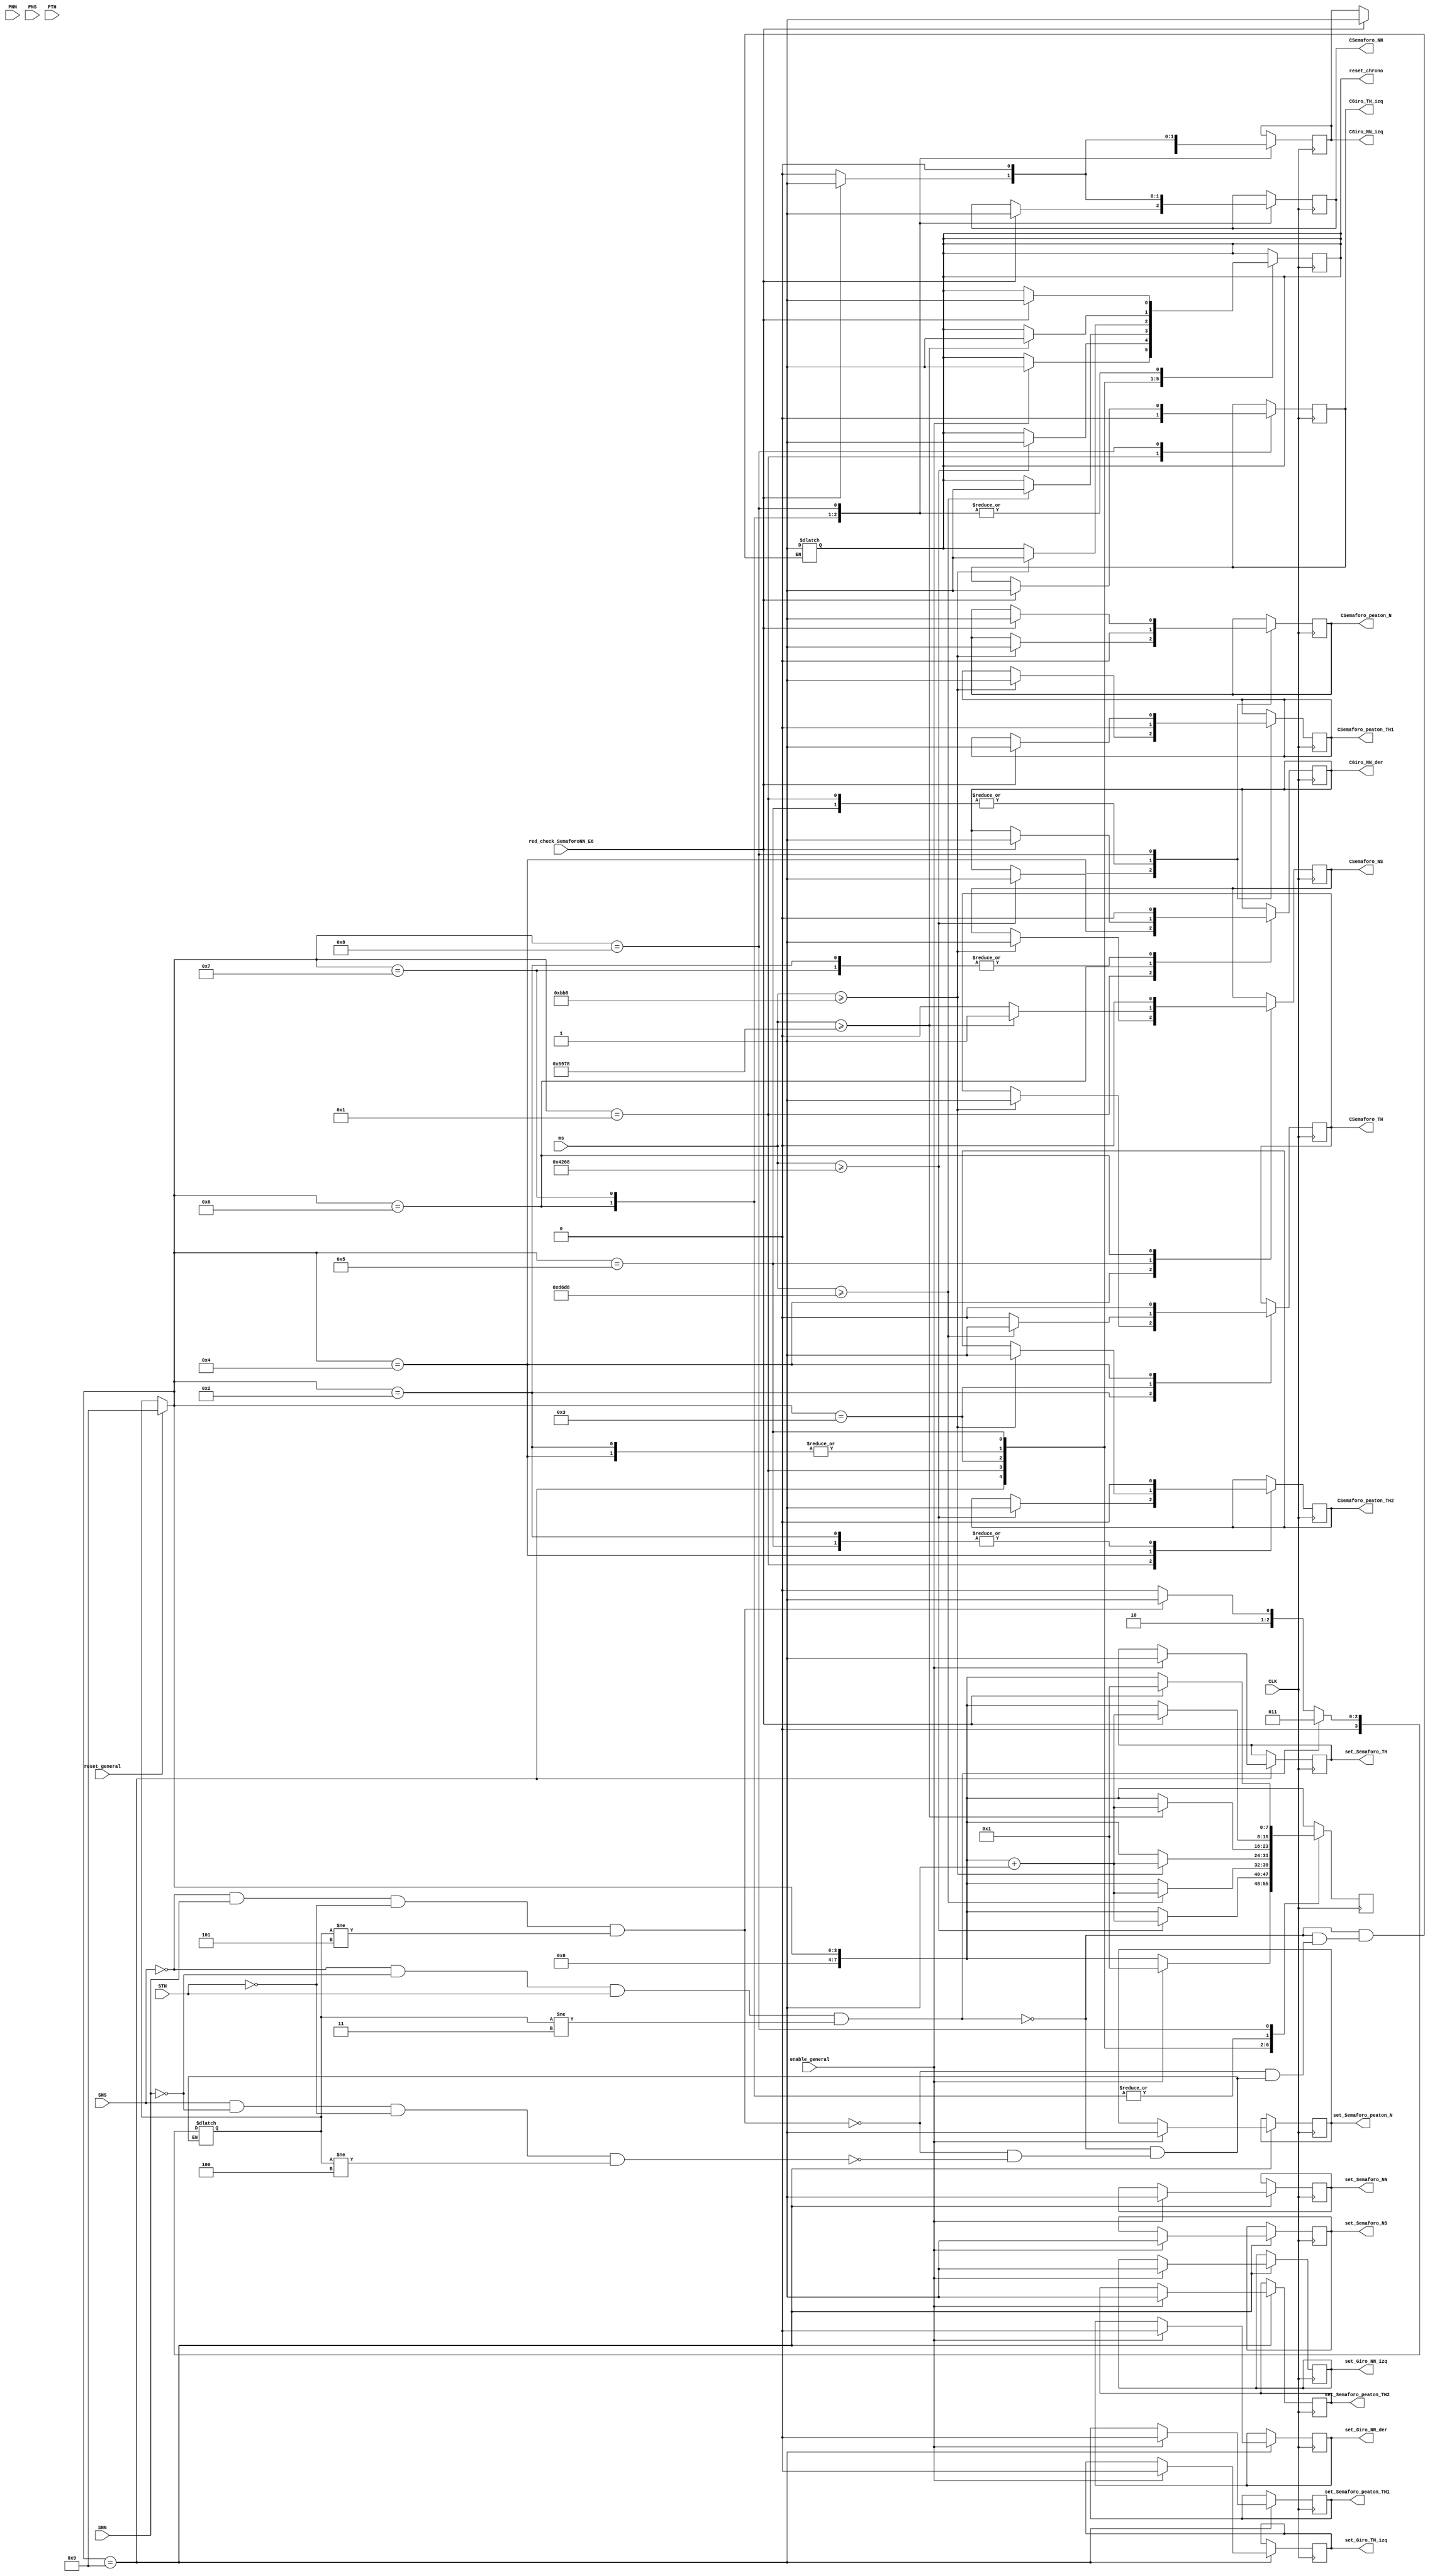
module fsm
  (
    input wire red_check_SemaforoNN_E6,
    input wire [31:0] ms, //milisecond
    output reg reset_chrono,
    input wire CLK, //10kHz
    input wire SNN, //sensor Norton Norte
    input wire SNS,
    input wire STH,
    input wire PNN, //Pulsador Norton Norte
    input wire PNS,
    input wire PTH,

    output reg CSemaforo_NN, //change S1
    output reg CSemaforo_NS,
    output reg CSemaforo_TH,
    output reg CGiro_NN_izq,
    output reg CGiro_NN_der,
    output reg CGiro_TH_izq,
    output reg CSemaforo_peaton_N,
    output reg CSemaforo_peaton_TH1,
    output reg CSemaforo_peaton_TH2,

    output reg set_Semaforo_NN, //change S1
    output reg set_Semaforo_NS,
    output reg set_Semaforo_TH,
    output reg set_Giro_NN_izq,
    output reg set_Giro_NN_der,
    output reg set_Giro_TH_izq,
    output reg set_Semaforo_peaton_N,
    output reg set_Semaforo_peaton_TH1,
    output reg set_Semaforo_peaton_TH2,

    input wire reset_general,
    input wire enable_general
  );

  //Elemento que contar los segundos

   // timeCounter myTimeCounter ()  

    parameter [2:1] A = 2'b00;
    parameter [2:1] B = 2'b01;
    parameter [2:1] C = 2'b10;
    parameter [2:1] D = 2'b11;

  //Tabla de tiempos del estado 1
 /* 

    reg [7:0][3:0] time_E1;
    initial begin
        time_E1[0] = 8'd17; //Tabla A
        time_E1[1] = 8'd17; //Tabla B
        time_E1[2] = 8'd17; //Tabla C
        time_E1[3] = 8'd17; //Tabla D
    end

    //reg [3:0] time_E1 [7:0] = {8'd17, 8'd17, 8'd17, 8'd17};
    //time_E1[0] = 8'd17; //Tabla A
    //time_E1[1] = 8'd17; //Tabla B
    //time_E1[2] = 8'd17; //Tabla C
    //time_E1[3] = 8'd17; //Tabla D
    
  //Tabla de tiempos del estado 2
 
    reg [3:0] [7:0] time_E2 = {8'd3, 8'd3, 8'd3, 8'd3};
    //time_E2[0] = 8'd3; //Tabla A
    //time_E2[1] = 3; //Tabla B
    //time_E2[2] = 3; //Tabla C
    //time_E2[3] = 3; //Tabla D

  //Tabla de tiempos del estado 3
  
    reg [3:0] [7:0] time_E3 = {8'd55, 8'd110, 8'd27, 8'd27};
    //time_E3[0] = 8'd55; //Tabla A
    //time_E3[1] = 110; //Tabla B
    //time_E3[2] = 27; //Tabla C
    //time_E3[3] = 27; //Tabla D

  //Tabla de tiempos del estado 4
  
    reg [3:0] [7:0] time_E4 = {8'd3, 8'd3, 8'd3, 8'd3};
    //time_E4[0] = 8'd3; //Tabla A
    //time_E4[1] = 3; //Tabla B
    //time_E4[2] = 3; //Tabla C
    //time_E4[3] = 3; //Tabla D

  //Tabla de tiempos del estado 5

    reg [3:0] [7:0] time_E5 = {8'd27, 8'd14, 8'd14, 8'd54};
    //time_E5[0] = 8'd27; //Tabla A
    //time_E5[1] = 14; //Tabla B
    //time_E5[2] = 14; //Tabla C
    //time_E5[3] = 54; //Tabla D

//Tabla de tiempos del estado 6
  
    reg [3:0] [7:0] time_E6 = {8'd3, 8'd3, 8'd3, 8'd3};
    //time_E6[0] = 8'd3; //Tabla A
    //time_E6[1] = 3; //Tabla B
    //time_E6[2] = 3; //Tabla C
    //time_E6[3] = 3; //Tabla D

  //Tabla de tiempos del estado 7
  
    reg [3:0] [7:0] time_E7 = {8'd24, 8'd12, 8'd48, 8'd12};
    //time_E7[0] = 8'd24; //Tabla A
    //time_E7[1] = 12; //Tabla B
    //time_E7[2] = 48; //Tabla C
    //time_E7[3] = 12; //Tabla D

    //chequear que este en el rojo del estado 8

    reg [3:0] [7:0] time_E8 = {8'd24, 8'd12, 8'd48, 8'd12};
    //time_E8[0] = 8'd24; //Tabla A
    //time_E8[1] = 12; //Tabla B
    //time_E8[2] = 48; //Tabla C
    //time_E8[3] = 12; //Tabla D
    
 */
    reg[3:1] tabla = A;
    reg[7:0] estado = 9;
    
    always @ (SNN or SNS or STH)
        begin
      //CASO 4
        if ( !SNS & !SNN & STH & (estado != 3) )
            begin
                tabla <= B;
                estado <= 3; //thevenin al este  
                reset_chrono = 1;
            end
      // CASO 5
        else if ( !SNS & SNN &  !STH & (estado != 5) )
            begin
                tabla <= C;
                estado <= 5; //norton al norte en verde 
                reset_chrono = 1;
            end
      // CASO 6
        else if ( SNS & !SNN & !STH & (estado != 4) )
            begin
                tabla <= D;
                estado <= 4; //norton al sur       
                reset_chrono = 1;
            end

        /*pulsador
        else if (!SNS & !SNN & !STH)
            begin

            end
        */ 

      // CASO 1
        else 
            begin
                tabla <= A;
                //estado <= estado + 1; 
            end
        end
     
  //loop de estados
    always @ (posedge CLK)
        begin
            if (reset_chrono == 1)
                reset_chrono <= 0;

            if (reset_general == 1)
                estado = 9;

                case (estado)
                    9: //estado de reset
                    begin
                        if (enable_general == 1)
                        	begin
                            	set_Semaforo_NN <= 1;
                            	set_Semaforo_NS <= 1;
                            	set_Semaforo_TH <= 1;
                            	set_Giro_NN_izq <= 1;
                            	set_Giro_NN_der <= 0;
                            	set_Giro_TH_izq <= 0;
                            	set_Semaforo_peaton_N <= 1;
                            	set_Semaforo_peaton_TH1 <= 0;
                            	set_Semaforo_peaton_TH2 <= 1;    
                            	reset_chrono = 1;
                            	estado = 1;
                            end
                    end
                    
                    1: 
                    begin
                        CGiro_TH_izq <= 0;
                        CSemaforo_peaton_N <= 0;
                        CSemaforo_peaton_TH1 <= 0;
                        if (ms >= 17*1000)
                            begin
                                estado = estado + 1;
                                reset_chrono <= 1;
                                //seteo de luces para proximo estado (2)
                                CGiro_NN_der <= 1;
                                CSemaforo_peaton_TH2 <= 1;
                            end
                    end

                    2:
                    begin
                        CGiro_NN_der <= 0;
                        CSemaforo_peaton_TH2 <= 0;
                        if (ms >= 3*1000)
                            begin
                                estado = estado + 1;
                                reset_chrono <= 1;
                                //seteo de luces para proximo estado (3)
                                CSemaforo_TH <=1;
                            end
                    end
                    
                    3: 
                    begin
                        CSemaforo_TH <=0;
                        if (ms >= 55*1000)
                            begin
                                estado = estado + 1;
                                reset_chrono <= 1;
                                //seteo de luces para proximo estado (4)
                                CSemaforo_TH <= 1;
                            end
                    end

                    4: 
                    begin
                        CSemaforo_TH <=0;
                        if (ms >= 3*1000)
                            begin
                                estado = estado + 1;
                                reset_chrono <= 1;
                                //cambio de luces
                                CSemaforo_peaton_TH1 <= 1;
                                CSemaforo_peaton_TH2 <= 1;
                                CSemaforo_peaton_N <= 1;
                                CSemaforo_NS <= 1;
                            end
                    end

                    5: 
                    begin
                        CSemaforo_peaton_TH1 <= 0;
                        CSemaforo_peaton_TH2 <= 0;
                        CSemaforo_peaton_N <= 0;
                        CSemaforo_NS <= 0;
                        if (ms >= 27*1000)
                            begin
                                estado = estado + 1;
                                reset_chrono <= 1;
                                //cambio de luces 
                                CSemaforo_NS <= 1;
                            end
                    end

                    6:
                    begin
                        CSemaforo_NS <= 0;
                        if (red_check_SemaforoNN_E6) 
                        	begin
                            	estado = estado + 1;
                            	reset_chrono <= 1;

                            	//cambio luces hacia NN
                            	CSemaforo_NN <= 1;
                            	CGiro_NN_der <= 1;
                            	CGiro_NN_izq <= 1;     
                            end
                        end

                    7:
                    begin
                        CSemaforo_NN <= 0;
                        CGiro_NN_der <= 0;
                        CGiro_NN_izq <= 0;

                        if (red_check_SemaforoNN_E6) 
                        	begin
                            	estado = estado + 1;
                            	reset_chrono <= 1;

                            	//mantuve estado 7 (luz amarilla)
                            	CSemaforo_NN <= 1;
                            	CGiro_NN_izq <= 1;  
                            end
                    end

                    8:
                    begin
                        CSemaforo_NN <= 0;
                        CGiro_NN_izq <= 0;
                        if (red_check_SemaforoNN_E6) 
                        	begin
                            estado = 1;
                            reset_chrono <= 1;

                            //estado repite
                            CGiro_TH_izq <= 1;
                            CSemaforo_peaton_N <= 1;
                            CSemaforo_peaton_TH1 <= 1;
                            end
                        end
                endcase
        end

endmodule